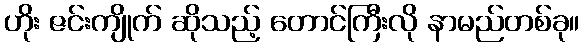
ဟိုး ဇင်းကျိုက် ဆိုသည့် တောင်ကြီးလို နာမည်တစ်ခု။